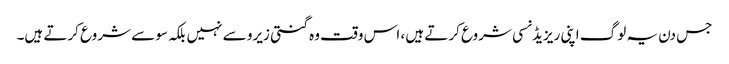
جس دن یہ لوگ اپنی ریزیڈنسی شروع کرتے ہیں ، اس وقت وہ گنتی زیرو سے نہیں بلکہ سو سے شروع کرتے ہیں۔